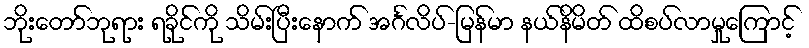
ဘိုးတော်ဘုရား ရခိုင်ကို သိမ်းပြီးနောက် အင်္ဂလိပ်-မြန်မာ နယ်နိမိတ် ထိစပ်လာမှုကြောင့်